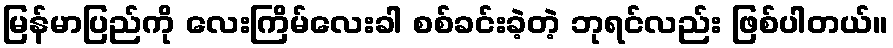
မြန်မာပြည်ကို လေးကြိမ်လေးခါ စစ်ခင်းခဲ့တဲ့ ဘုရင်လည်း ဖြစ်ပါတယ်။